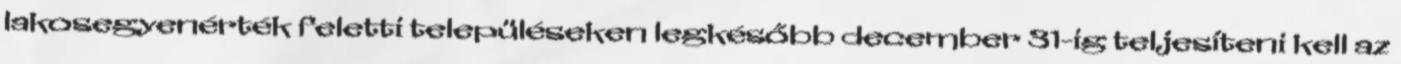
lakosegyenérték feletti településeken legkésőbb december 31-ig teljesíteni kell az